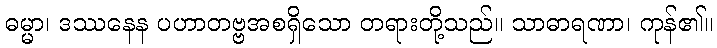
ဓမ္မာ၊ ဒဿနေန ပဟာတဗ္ဗအစရှိသော တရားတို့သည်။ သာဓာရဏာ၊ ကုန်၏။